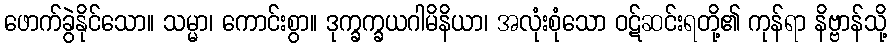
ဖောက်ခွဲနိုင်သော။ သမ္မာ၊ ကောင်းစွာ။ ဒုက္ခက္ခယဂါမိနိယာ၊ အလုံးစုံသော ဝဋ်ဆင်းရတို့၏ ကုန်ရာ နိဗ္ဗာန်သို့